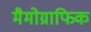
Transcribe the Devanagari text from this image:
मैमोग्राफिक